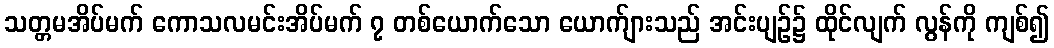
သတ္တမအိပ်မက် ကောသလမင်းအိပ်မက် ၇ တစ်ယောက်သော ယောက်ျားသည် အင်းပျဉ်၌ ထိုင်လျက် လွန်ကို ကျစ်၍